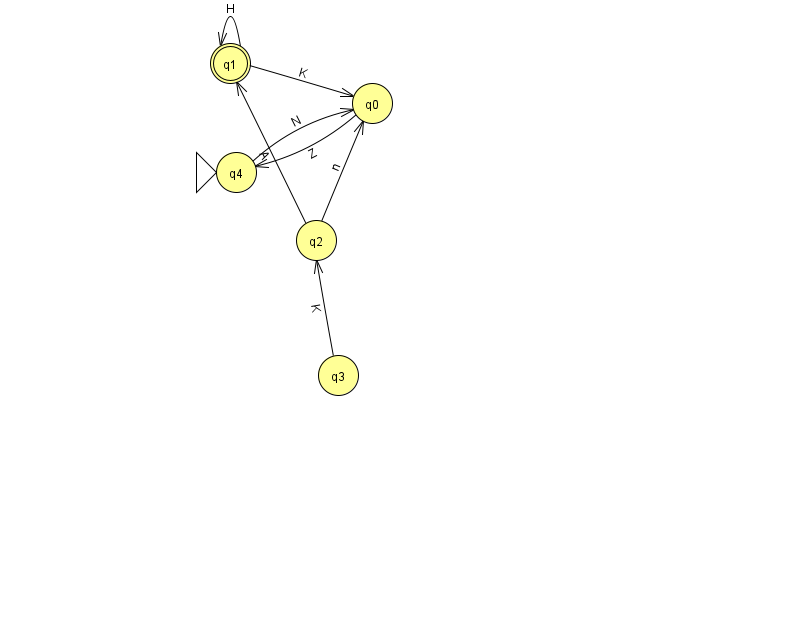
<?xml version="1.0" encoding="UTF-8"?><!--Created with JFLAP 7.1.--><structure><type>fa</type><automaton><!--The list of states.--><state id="0" name="q0"><x>372.0</x><y>90.0</y></state><state id="1" name="q1"><x>230.0</x><y>50.0</y><final/></state><state id="2" name="q2"><x>316.0</x><y>227.0</y></state><state id="3" name="q3"><x>338.0</x><y>362.0</y></state><state id="4" name="q4"><x>236.0</x><y>159.0</y><initial/></state><!--The list of transitions.--><transition><from>2</from><to>0</to><read>n</read></transition><transition><from>3</from><to>2</to><read>K</read></transition><transition><from>1</from><to>1</to><read>H</read></transition><transition><from>1</from><to>0</to><read>K</read></transition><transition><from>2</from><to>1</to><read>A</read></transition><transition><from>4</from><to>0</to><read>N</read></transition><transition><from>0</from><to>4</to><read>Z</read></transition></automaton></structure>